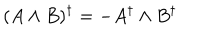
LaTeX: ( A \wedge B ) ^ { \dagger } = - A ^ { \dagger } \wedge B ^ { \dagger }